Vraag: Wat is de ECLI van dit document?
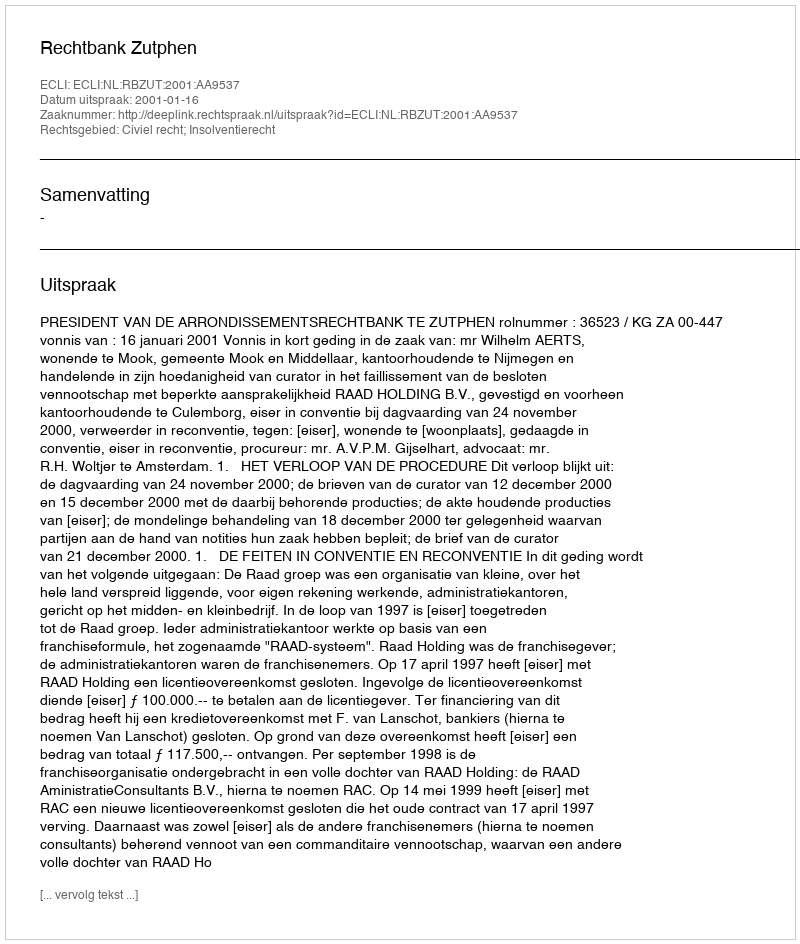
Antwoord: ECLI:NL:RBZUT:2001:AA9537